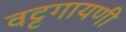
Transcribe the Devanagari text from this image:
वट्टगायणी